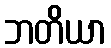
ဘတိယာ